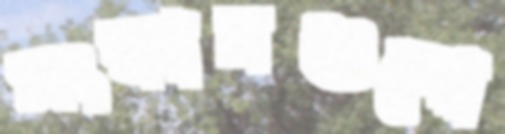
সংস্কারগুলো